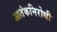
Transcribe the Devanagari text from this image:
आतंकनिरोधी